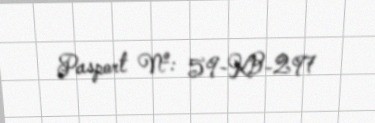
Pasport №: 59-KB-297